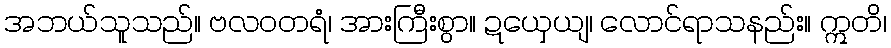
အဘယ်သူသည်။ ဗလဝတရံ၊ အားကြီးစွာ။ ဍယှေယျ၊ လောင်ရာသနည်း။ ဣတိ၊